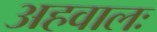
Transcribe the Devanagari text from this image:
अहवालः